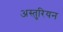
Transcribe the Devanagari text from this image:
अस्तुरियन